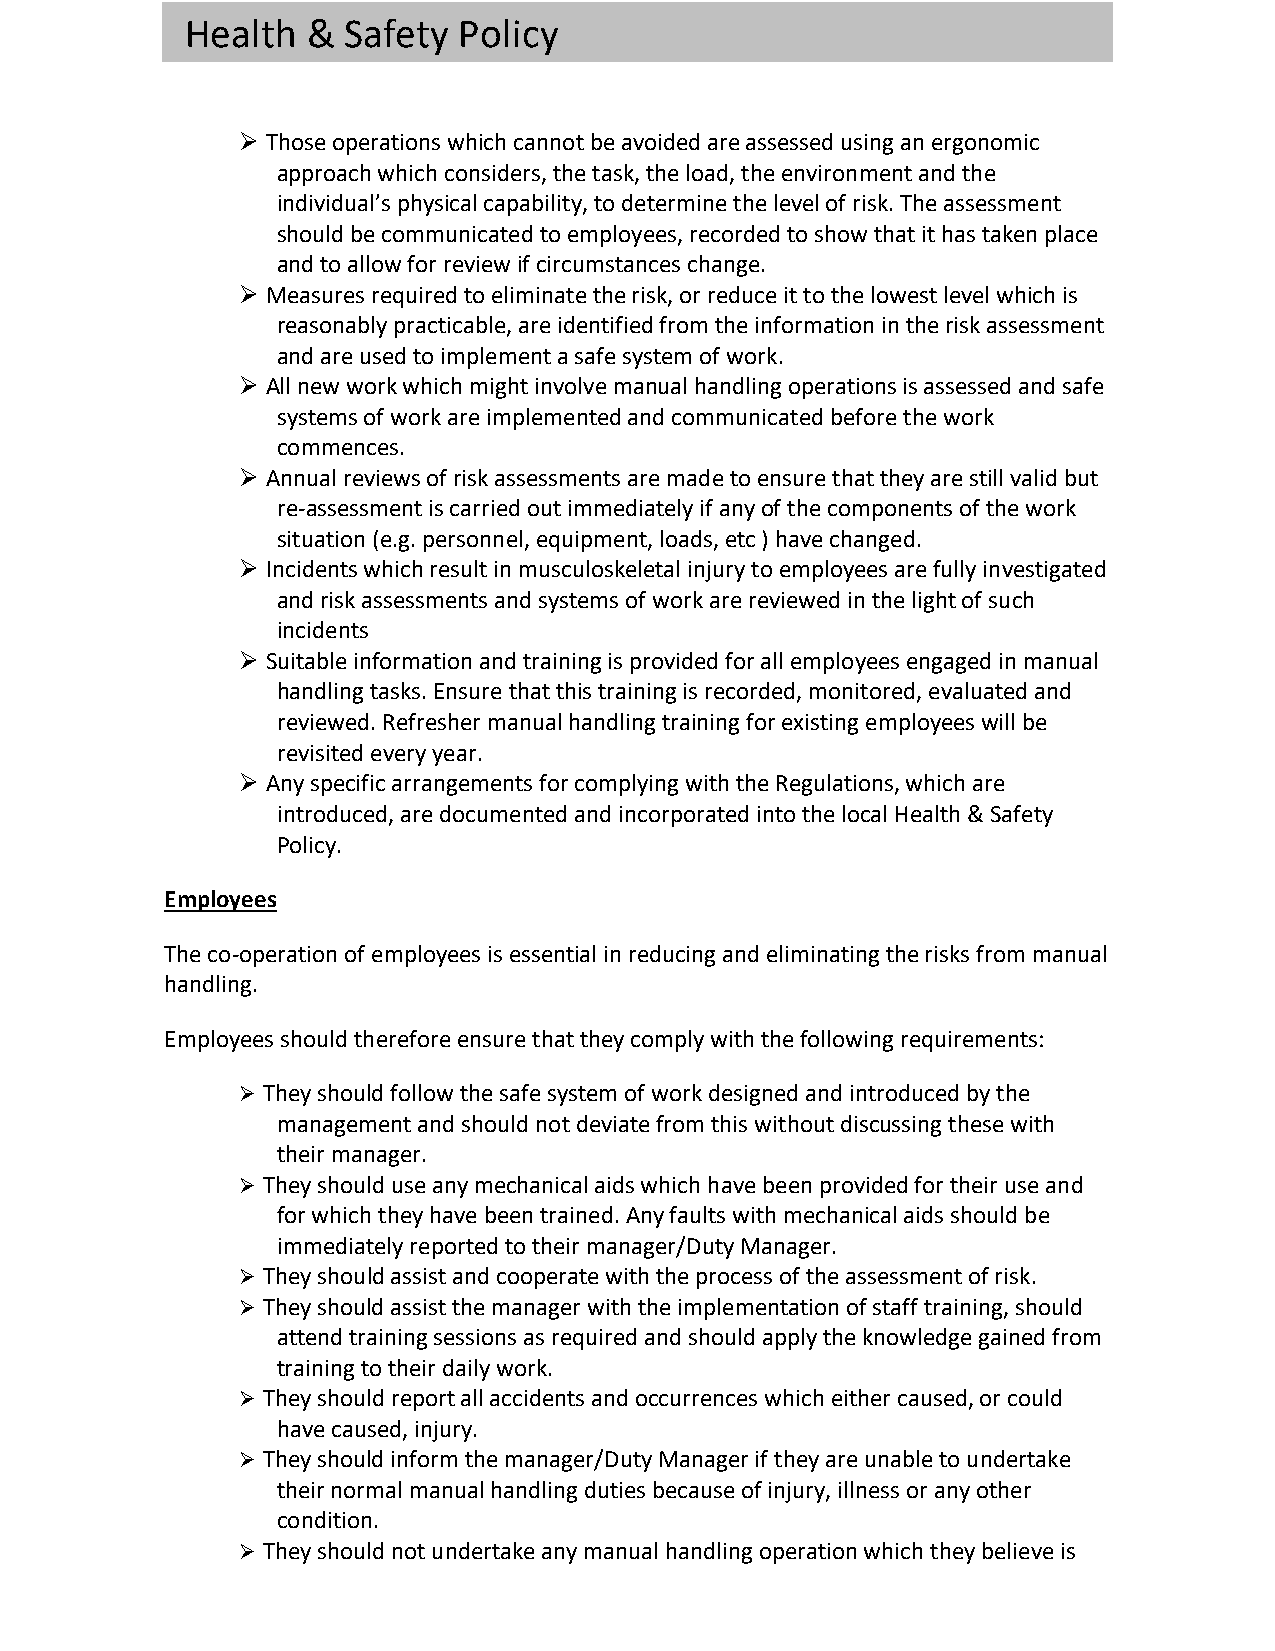
Health  &  Safety Policy
 Ø Those operations which cannot be avoided are assessed using an ergonomic
 approach which considers, the task, the load, the environment and the
 individual’s physical capability, to determine the level of risk. The assessment
 should be communicated to employees, recorded to show that it has taken place
 and to allow for review if circumstances change.
 Ø Measures required to eliminate the risk, or reduce it to the lowest level which is
 reasonably practicable, are identified from the information in the risk assessment
 and are used to implement a safe system of work.
 Ø All new work which might involve manual handling operations is assessed and safe
 systems of work are implemented and communicated before the work
 commences.
 Ø Annual reviews of risk assessments are made to ensure that they are still valid but
 re-assessment is carried out immediately if any of the components of the work
 situation (e.g. personnel, equipment, loads, etc ) have changed.
 Ø Incidents which result in musculoskeletal injury to employees are fully investigated
 and risk assessments and systems of work are reviewed in the light of such
 incidents
 Ø Suitable information and training is provided for all employees engaged in manual
 handling tasks. Ensure that this training is recorded, monitored, evaluated and
 reviewed. Refresher manual handling training for existing employees will be
 revisited every year.
 Ø Any specific arrangements for complying with the Regulations, which are
 introduced, are documented and incorporated into the local Health & Safety
 Policy.
 Employees
 The co-operation of employees is essential in reducing and eliminating the risks from manual
 handling.
 Employees should therefore ensure that they comply with the following requirements:
 Ø They should follow the safe system of work designed and introduced by the
 management and should not deviate from this without discussing these with
 their manager.
 Ø They should use any mechanical aids which have been provided for their use and
 for which they have been trained. Any faults with mechanical aids should be
 immediately reported to their manager/Duty Manager.
 Ø They should assist and cooperate with the process of the assessment of risk.
 Ø They should assist the manager with the implementation of staff training, should
 attend training sessions as required and should apply the knowledge gained from
 training to their daily work.
 Ø They should report all accidents and occurrences which either caused, or could
 have caused, injury.
 Ø They should inform the manager/Duty Manager if they are unable to undertake
 their normal manual handling duties because of injury, illness or any other
 condition.
 Ø They should not undertake any manual handling operation which they believe is